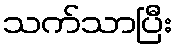
သက်သာပြီး